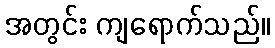
အတွင်း ကျရောက်သည်။